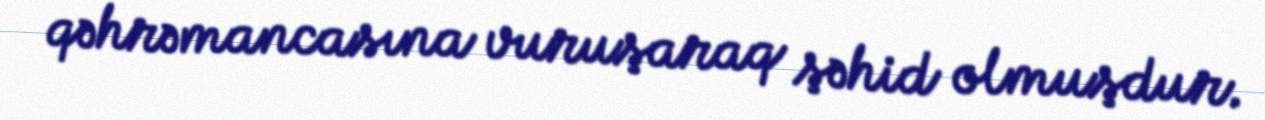
qəhrəmancasına vuruşaraq şəhid olmuşdur.